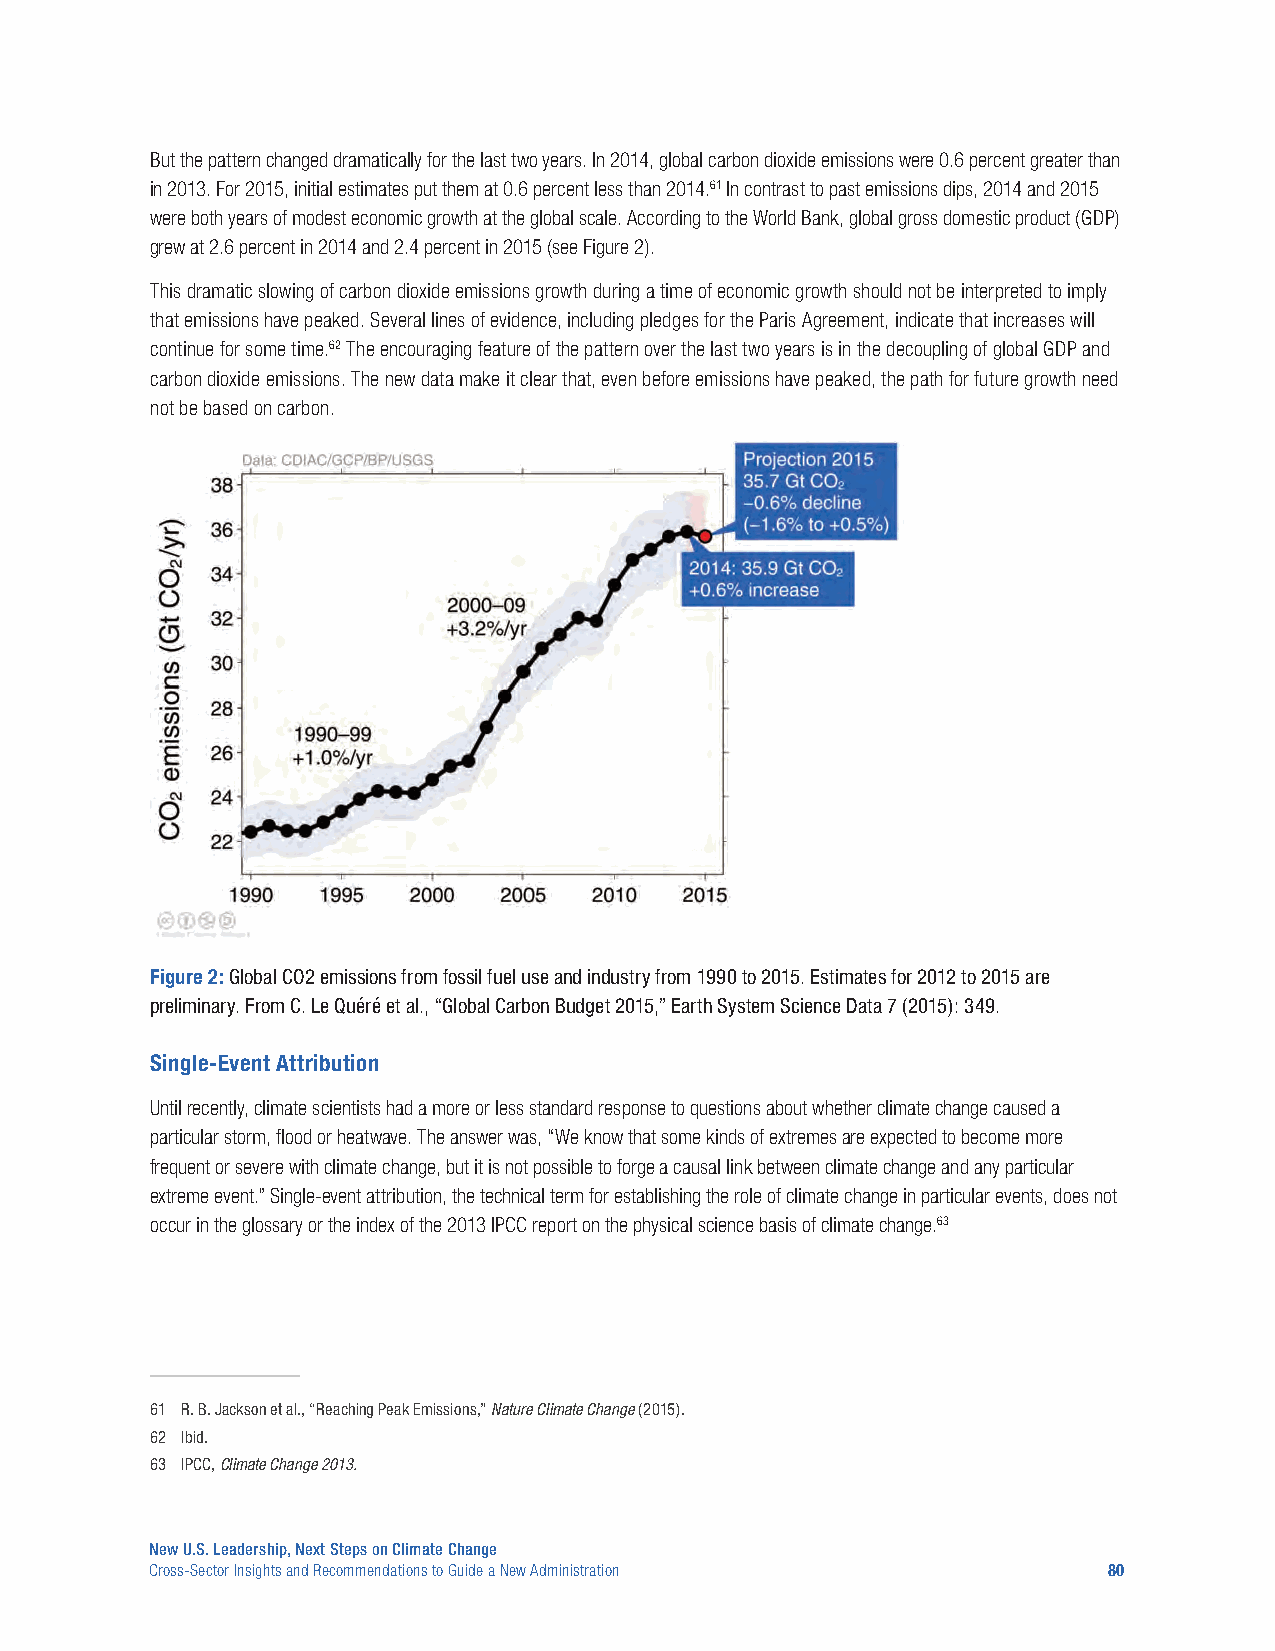
But the pattern changed dramatically for the last two years. In 2014, global carbon dioxide emissions were 0.6 percent greater than
 in 2013. For 2015, initial estimates put them at 0.6 percent less than 2014.61 In contrast to past emissions dips, 2014 and 2015
 were both years of modest economic growth at the global scale. According to the World Bank, global gross domestic product (GDP)
 grew at 2.6 percent in 2014 and 2.4 percent in 2015 (see Figure 2).
 This dramatic slowing of carbon dioxide emissions growth during a time of economic growth should not be interpreted to imply
 that emissions have peaked. Several lines of evidence, including pledges for the Paris Agreement, indicate that increases will
 continue for some time.62 The encouraging feature of the pattern over the last two years is in the decoupling of global GDP and
 carbon dioxide emissions. The new data make it clear that, even before emissions have peaked, the path for future growth need
 not be based on carbon.
 Figure 2: Global CO2 emissions from fossil fuel use and industry from 1990 to 2015. Estimates for 2012 to 2015 are
 preliminary. From C. Le Quéré et al., “Global Carbon Budget 2015,” Earth System Science Data 7 (2015): 349.
 Single-Event Attribution
 Until recently, climate scientists had a more or less standard response to questions about whether climate change caused a
 particular storm, flood or heatwave. The answer was, “We know that some kinds of extremes are expected to become more
 frequent or severe with climate change, but it is not possible to forge a causal link between climate change and any particular
 extreme event.” Single-event attribution, the technical term for establishing the role of climate change in particular events, does not
 occur in the glossary or the index of the 2013 IPCC report on the physical science basis of climate change.63
 61 R. B. Jackson et al., “Reaching Peak Emissions,” Nature Climate Change (2015).
 62 Ibid.
 63 IPCC, Climate Change 2013.
 New U.S. Leadership, Next Steps on Climate Change
 Cross-Sector Insights and Recommendations to Guide a New Administration 80